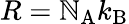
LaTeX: R=\mathbb{N}_{\mathrm{{A}}}k_{\mathrm{{B}}}